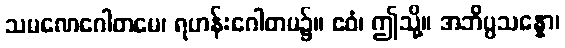
သမဏေဂေါတမေ၊ ရဟန်းဂေါတမ၌။ ဧဝံ၊ ဤသို့။ အဘိပ္ပသန္နော၊